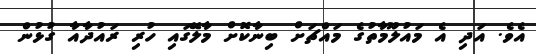
އެވެ. އަދި އެ މައުލޫމާތުގެ މައްޗަށް ބިނާކޮށް މާލޭގައި ހުރި ރައުދާއާ ގުޅުން